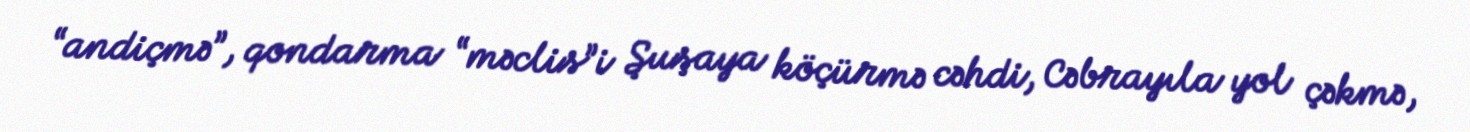
“andiçmə”, qondarma “məclis”i Şuşaya köçürmə cəhdi, Cəbrayıla yol çəkmə,